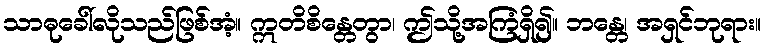
သာဓုခေါ်လိုသည်ဖြစ်အံ့။ ဣတိစိန္တေတွာ၊ ဤသို့အကြံရှိ၍။ ဘန္တေ၊ အရှင်ဘုရား။